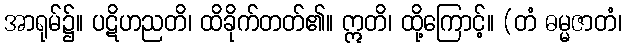
အာရုမ်၌။ ပဋိဟညတိ၊ ထိခိုက်တတ်၏။ ဣတိ၊ ထို့ကြောင့်။ (တံ ဓမ္မဇာတံ၊